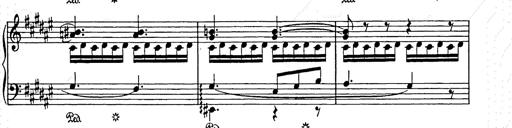
Title: Weihnachtsbaum
Composer: Franz Liszt